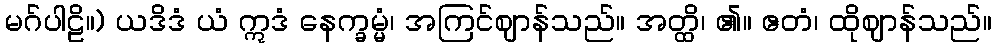
မဂ်ပါဠိ။) ယဒိဒံ ယံ ဣဒံ နေက္ခမ္မံ၊ အကြင်ဈာန်သည်။ အတ္ထိ၊ ၏။ ဧတံ၊ ထိုဈာန်သည်။